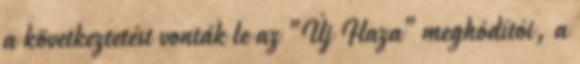
a következtetést vonták le az "Új Haza" meghódítói, a